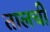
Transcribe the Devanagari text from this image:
तालची